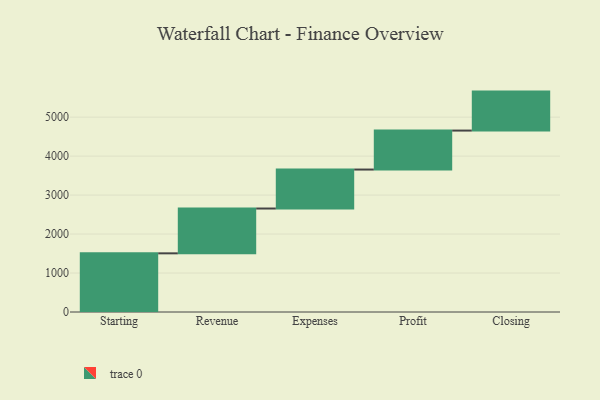
{"axis": {"x": "Step", "y": "Value"}, "legend": [""], "data": [{"x": "Starting", "y": 1505.0, "type": ""}, {"x": "Revenue", "y": 1150.0, "type": ""}, {"x": "Expenses", "y": 1000, "type": ""}, {"x": "Profit", "y": 1000, "type": ""}, {"x": "Closing", "y": 1000, "type": ""}]}